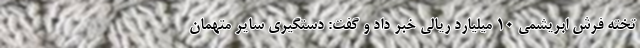
تخته فرش ابریشمی ۱۰ میلیارد ریالی خبر داد و گفت: دستگیری سایر متهمان